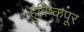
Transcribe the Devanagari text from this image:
हुविष्कपूर